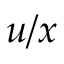
u / x